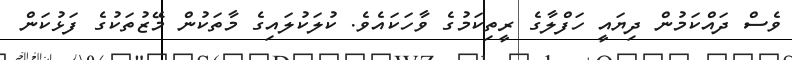
ވެސް ދައްކަމުން ދިޔައީ ހަފްލާގެ ރީތިކަމުގެ ވާހަކައެވެ. ކުލަކުލައިގެ މާތަކުން މޭޒުތަކުގެ ފަޅުކަން